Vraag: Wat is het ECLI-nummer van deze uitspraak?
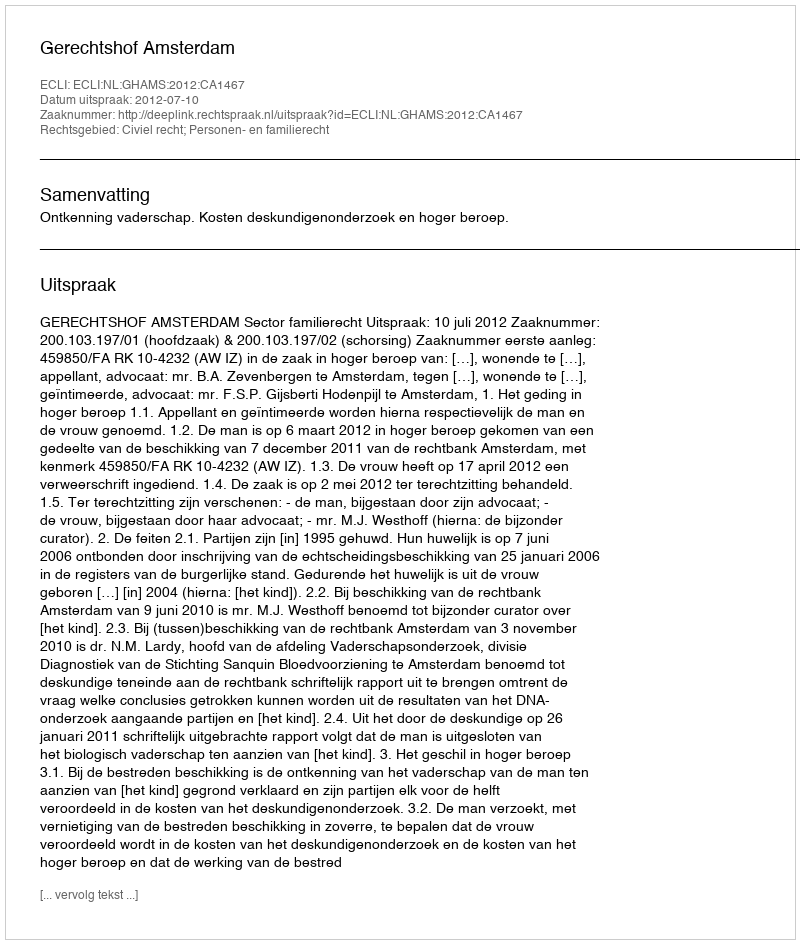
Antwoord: ECLI:NL:GHAMS:2012:CA1467